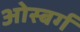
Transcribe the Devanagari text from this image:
ओस्बर्ग